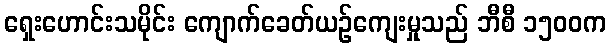
ရှေးဟောင်းသမိုင်း ကျောက်ခေတ်ယဉ်ကျေးမှုသည် ဘီစီ ၁၅၀၀က